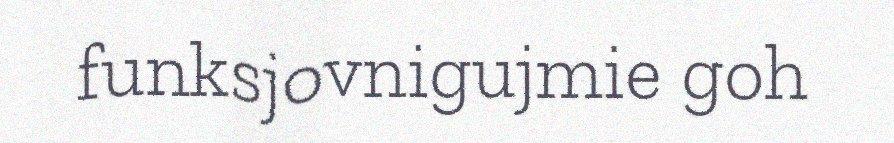
funksjovnigujmie goh